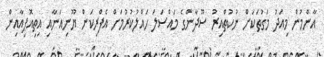
އާންމުން މިއަދު މަގުތަކަށް ނުކުތްއިރު ސޫދާންގެ މައްސަލަ ހައްލުކުރުމަށް އެފްރިކަން ޔޫނިއަނާއި އިތިއޮޕިއާއިން